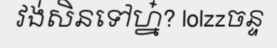
វង់សិនទៅហ្ន៎? lolzzចន្ទ